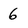
Character: 6